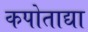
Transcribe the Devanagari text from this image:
कपोताद्या